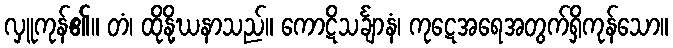
လှူကုန်၏။ တံ၊ ထိုနို့ဃနာသည်။ ကောဋိသင်္ချာနံ၊ ကုဋေအရေအတွက်ရှိကုန်သော။